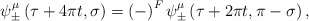
\begin{align*}\psi^\mu_{\pm}\left( \tau + 4\pi t, \sigma\right) = \left( -\right)^F\psi^\mu_{\pm}\left( \tau + 2\pi t,\pi -\sigma\right) ,\end{align*}